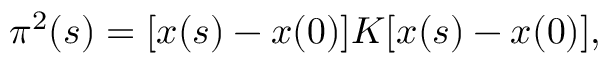
\pi ^ { 2 } ( s ) = [ x ( s ) - x ( 0 ) ] K [ x ( s ) - x ( 0 ) ] ,